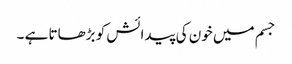
جسم میں خون کی پیدائش کو بڑھاتا ہے ۔